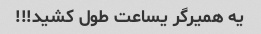
یه همیرگر یساعت طول کشید!!!